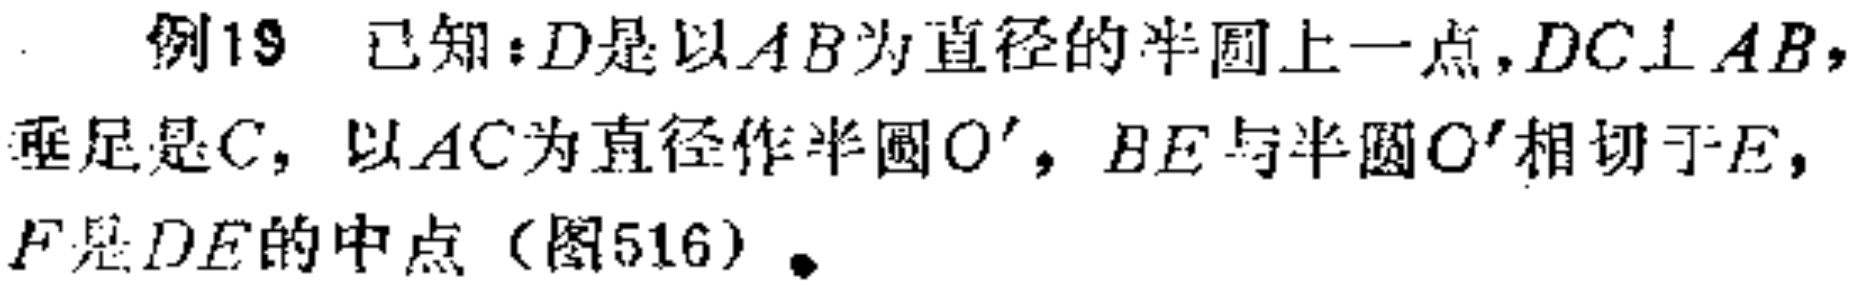
例19 已知：\(D\)是以\(AB\)为直径的半圆上一点，\(DC\perp AB\)，垂足是\(C\)，以\(AC\)为直径作半圆\(O'\)，\(BE\)与半圆\(O'\)相切于\(E\)，\(F\)是\(DE\)的中点（图516）.